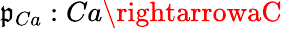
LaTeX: \mathfrak{p}_{Ca}:Ca\rightarrowaC